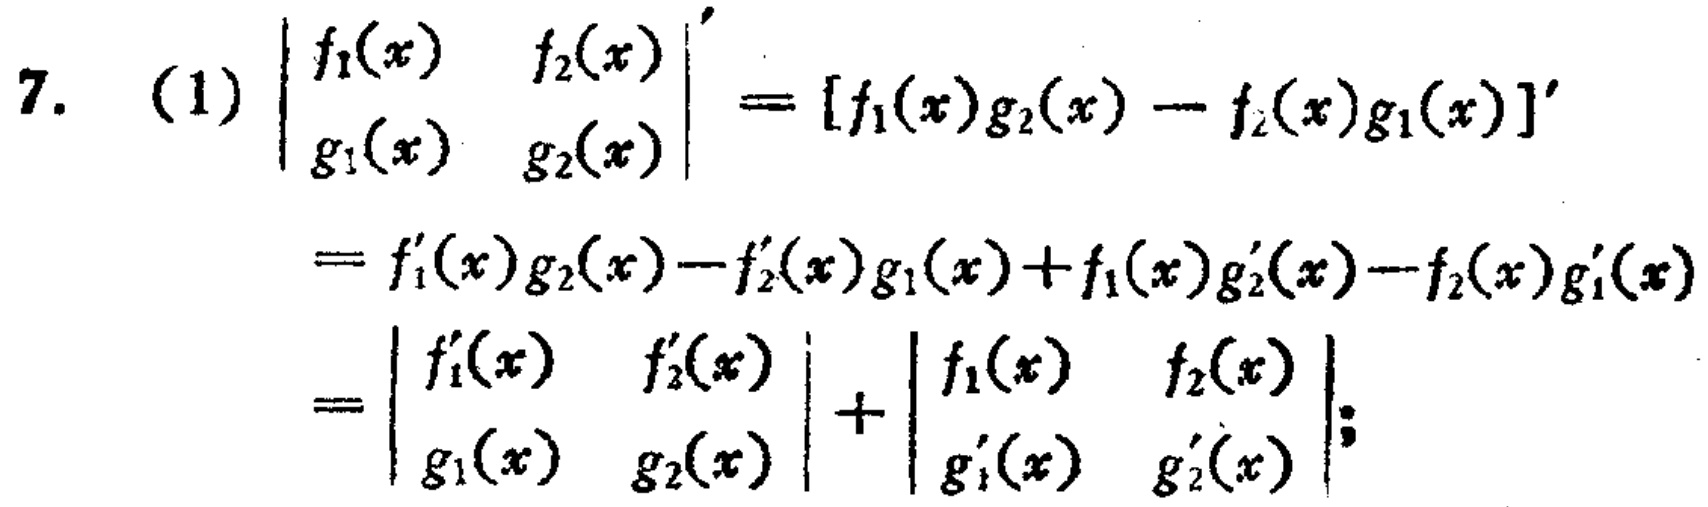
\[
\begin{align*}
7.\ (1)\left|\begin{array}{ll}
f_{1}(x)&f_{2}(x)\\
g_{1}(x)&g_{2}(x)
\end{array}\right|'&=[f_{1}(x)g_{2}(x)-f_{2}(x)g_{1}(x)]'\\
&=f_{1}'(x)g_{2}(x)-f_{2}'(x)g_{1}(x)+f_{1}(x)g_{2}'(x)-f_{2}(x)g_{1}'(x)\\
&=\left|\begin{array}{ll}
f_{1}'(x)&f_{2}'(x)\\
g_{1}(x)&g_{2}(x)
\end{array}\right|+\left|\begin{array}{ll}
f_{1}(x)&f_{2}(x)\\
g_{1}'(x)&g_{2}'(x)
\end{array}\right|;
\end{align*}
\]